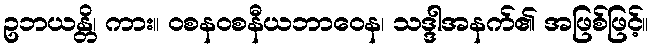
ဥဘယန္တိ၊ ကား။ ဝစနဝစနီယဘာဝေန၊ သဒ္ဒါအနက်၏ အဖြစ်ဖြင့်။